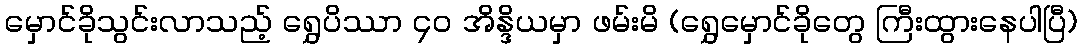
မှောင်ခိုသွင်းလာသည့် ရွှေပိဿာ ၄၀ အိန္ဒိယမှာ ဖမ်းမိ (ရွှေမှောင်ခိုတွေ ကြီးထွားနေပါပြီ)